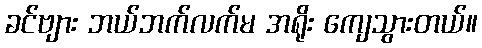
ခင်ဗျား ဘယ်ဘက်လက်မ အရိုး ကျေသွားတယ်။